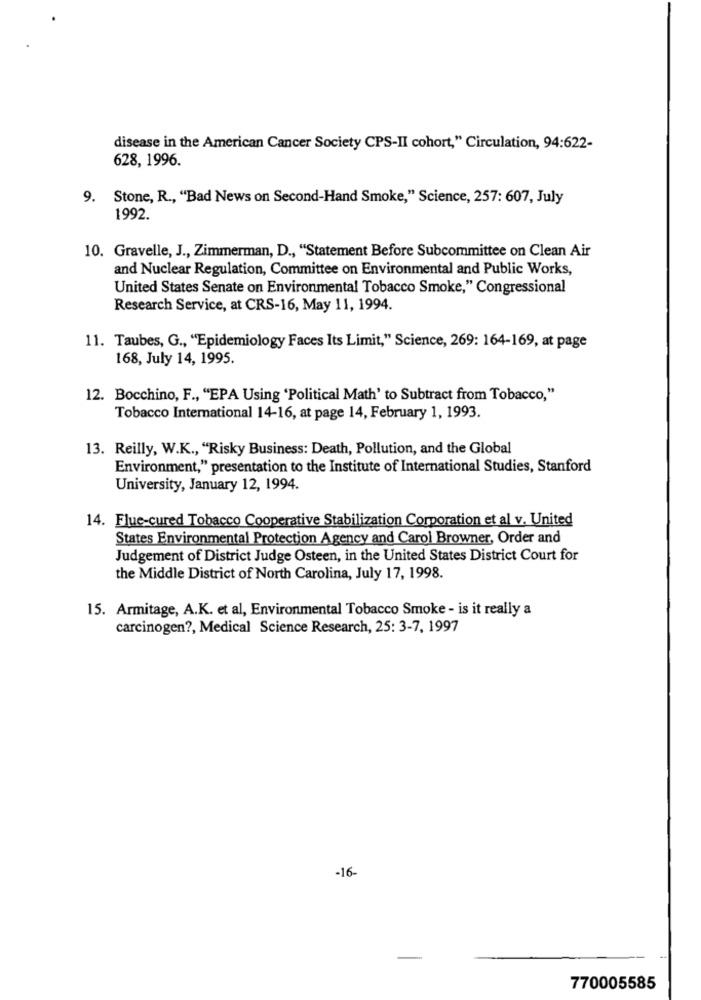
disease in the American Cancer Society CPS-II cohort," Circulation, 94:622-
628, 1996.
9. Stone, R ., "Bad News on Second-Hand Smoke," Science, 257: 607, July
1992.
10. Gravelle, J ., Zimmerman, D ., "Statement Before Subcommittee on Clean Air
and Nuclear Regulation, Committee on Environmental and Public Works,
United States Senate on Environmental Tobacco Smoke," Congressional
Research Service, at CRS-16, May 11, 1994.
11. Taubes, G ., "Epidemiology Faces Its Limit," Science, 269: 164-169, at page
168, July 14, 1995.
12. Bocchino, F ., "EPA Using 'Political Math' to Subtract from Tobacco,"
Tobacco International 14-16, at page 14, February 1, 1993.
13. Reilly, W.K ., "Risky Business: Death, Pollution, and the Global
Environment," presentation to the Institute of International Studies, Stanford
University, January 12, 1994.
14. Flue-cured Tobacco Cooperative Stabilization Corporation et al v. United
States Environmental Protection Agency and Carol Browner, Order and
Judgement of District Judge Osteen, in the United States District Court for
the Middle District of North Carolina, July 17, 1998.
15. Armitage, A.K. et al, Environmental Tobacco Smoke - is it really a
carcinogen ?, Medical Science Research, 25: 3-7, 1997
-16-
770005585